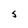
Character: J